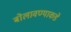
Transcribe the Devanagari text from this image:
बोलावण्याकडे